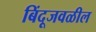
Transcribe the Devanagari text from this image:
बिंदूजवळील